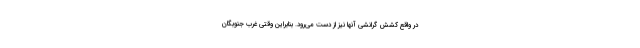
در واقع کشش گرانشی آنها نیز از دست می‌رود. بنابراین وقتی غرب جنوبگان